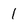
Character: 1